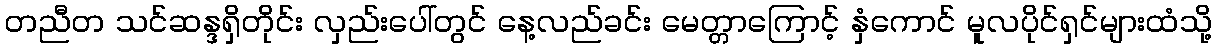
တညီတ သင်ဆန္ဒရှိတိုင်း လှည်းပေါ်တွင် နေ့လည်ခင်း မေတ္တာကြောင့် နှံကောင် မူလပိုင်ရှင်များထံသို့